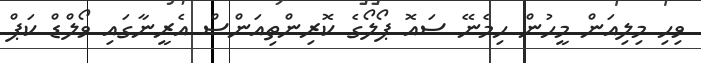
ވިހި މިލިއަން މީހުން ހިމެނޭ ސައޮ ޕޯލޯގެ ކޮރިންތިއަންސް އެރީނާގައި ވޯލްޑް ކަޕް